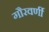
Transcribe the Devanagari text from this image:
गौरवर्णी